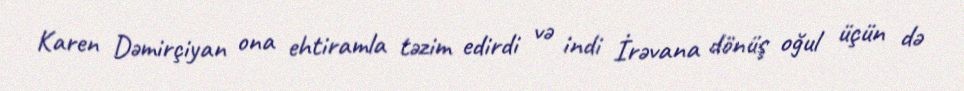
Karen Dəmirçiyan ona ehtiramla təzim edirdi və indi İrəvana dönüş oğul üçün də